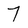
Character: 7